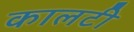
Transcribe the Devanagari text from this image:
कालटी